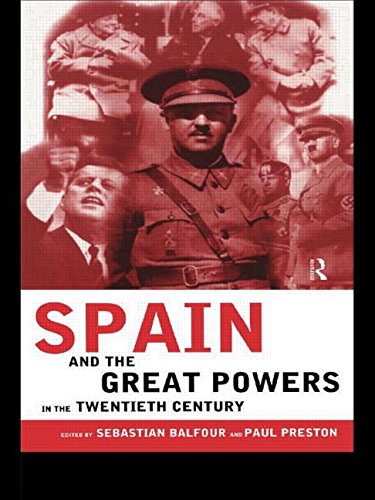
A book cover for Spain and the Great Powers in the Twentieth Century (Routledge/Canada Blanch Studies on Contemporary Spain); History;